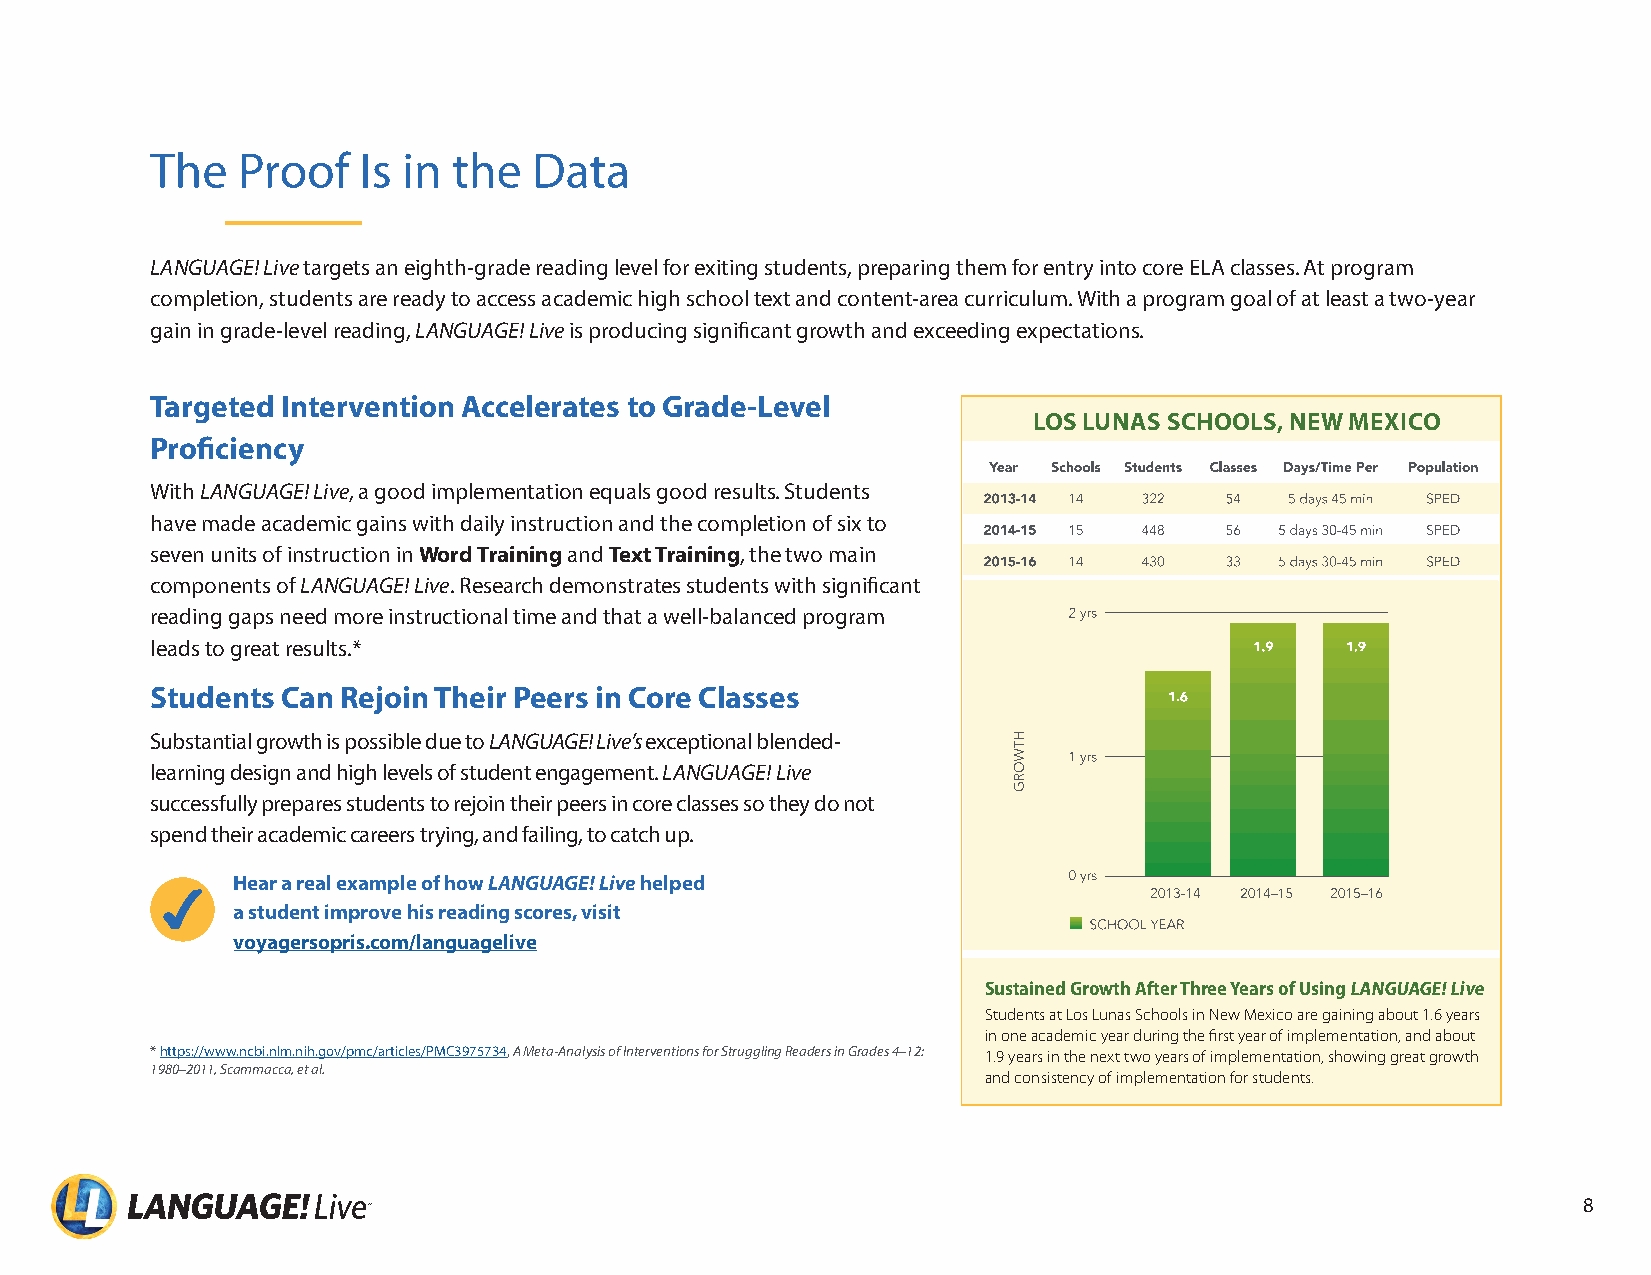
The   Proof   Is in the  Data
 LANGUAGE! Live targets an eighth-grade reading level for exiting students, preparing them for entry into core ELA classes At program
 completion, students are ready to access academic high school text and content-area curriculum With a program goal of at least a two-year
 gain in grade-level reading, LANGUAGE! Live is producing significant growth and exceeding expectations
 Students at Los Lunas Schools in New Mexico, are gaining about
 Targeted Intervention Accelerates to Grade-Level
 LOS LUNAS SCHOOLS, NEW MEXICO
 Proficiency
 With LANGUAGE! Live, a good implementation equals good results Students
 Los Lunas Schools, New Mexixo
 have made academic gains with daily instruction and the completion of six to
 seven units of instruction in Word Training and Text Training, the two main
 components of LANGUAGE! Live Research demonstrates students with significant
 reading gaps need more instructional time and that a well-balanced program
 leads to great results *
 Students Can Rejoin Their Peers in Core Classes
 Substantial growth is possible due to LANGUAGE! Live’s exceptional blended-
 learning design and high levels of student engagement LANGUAGE! Live
 successfully prepares students to rejoin their peers in core classes so they do not
 spend their academic careers trying, and failing, to catch up
 Hear a real example of how LANGUAGE! Live helped
 a student improve his reading scores, visit
 voyagersopris.com/languagelive
 Sustained Growth After Three Years of Using LANGUAGE! Live
 Students at Los Lunas Schools in New Mexico are gaining about 1.6 years
 in one academic year during the first year of implementation, and about
 * https://www ncbi nlm nih gov/pmc/articles/PMC3975734, A Meta-Analysis of Interventions for Struggling Readers in Grades 4–12: 1.9 years in the next two years of implementation, showing great growth
 1980–2011, Scammacca, et al.
 and consistency of implementation for students.
 8